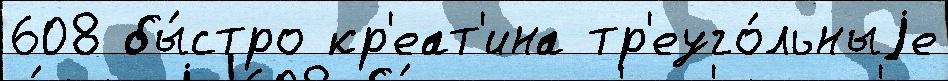
608 бы́стро кр'еат'ина тр'еуго́льныjе